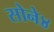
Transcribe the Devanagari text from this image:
सोने४